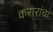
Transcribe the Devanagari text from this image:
करारांचा